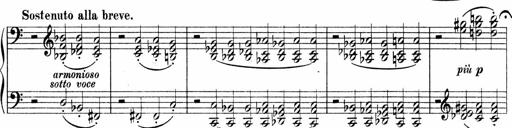
Title: Sonatina No.4
Composer: Abram Kimmell
Key: E minor